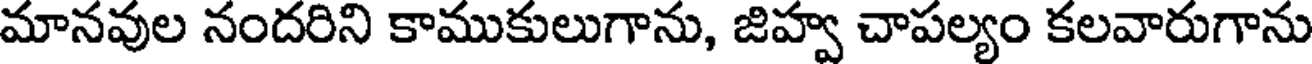
మానవుల నందరిని కాముకులుగాను, జిహ్వ చాపల్యం కలవారుగాను